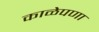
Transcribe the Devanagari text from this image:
काळेपणा